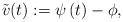
LaTeX: \begin{align*} \tilde{v}(t) := \psi\left(t\right) - \phi,\end{align*}